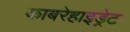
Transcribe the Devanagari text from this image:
काबरेहाइड्रेट